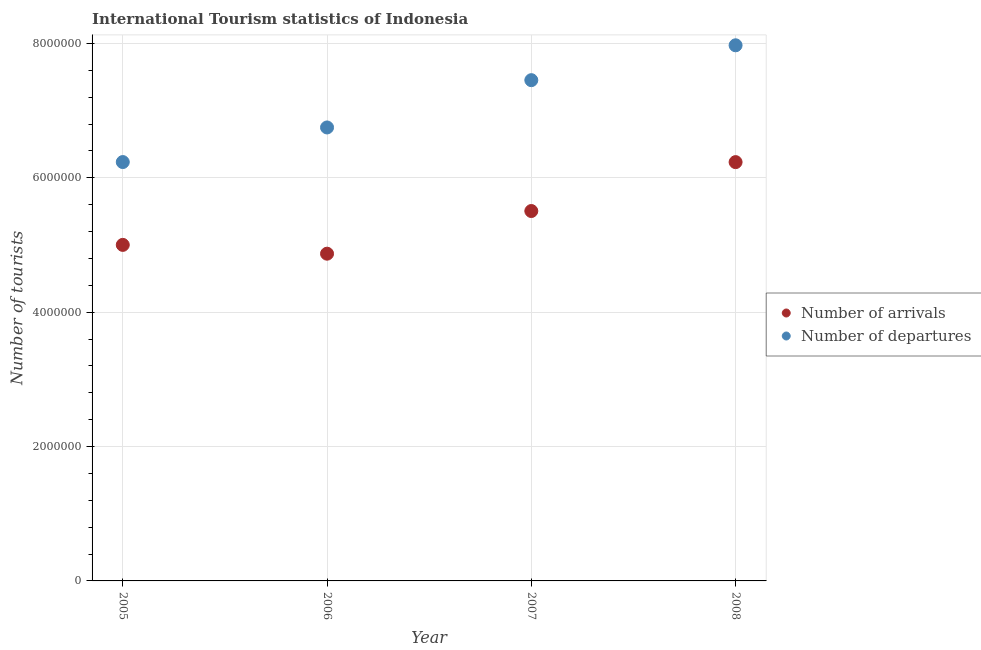
| Year | Number of arrivals | Number of departures |
 | --- | --- | --- |
 | 2005 | 5e+06 | 6.24e+06 |
 | 2006 | 4.87e+06 | 6.75e+06 |
 | 2007 | 5.51e+06 | 7.45e+06 |
 | 2008 | 6.23e+06 | 7.97e+06 |